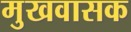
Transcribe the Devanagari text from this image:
मुखवासक